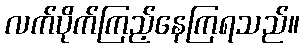
လက်ပိုက်ကြည့်နေကြရသည်။